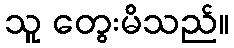
သူ တွေးမိသည်။